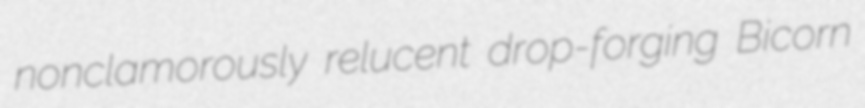
nonclamorously relucent drop-forging Bicorn